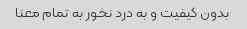
بدون کیفیت و به درد نخور به تمام معنا